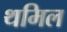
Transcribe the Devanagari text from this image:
थमिल